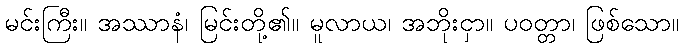
မင်းကြီး။ အဿာနံ၊ မြင်းတို့၏။ မူလာယ၊ အဘိုးငှာ။ ပဝတ္တာ၊ ဖြစ်သော။